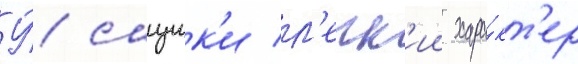
У́ сацук'и л'егк'ии хара́кт'ер